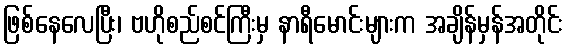
ဖြစ်နေလေပြီး၊ ဗဟိုစည်စင်ကြီးမှ နာရီမောင်းများက အချိန်မှန်အတိုင်း